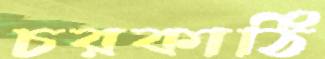
চরকাঠি